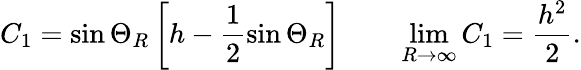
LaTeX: C_{1}=\sin\Theta_{R}\left[h-\frac{1}{2}\sin\Theta_{R}\right]\qquad\operatorname*{lim}_{R\rightarrow\infty}C_{1}=\frac{h^{2}}{2}.